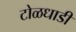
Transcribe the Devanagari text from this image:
टोळधाडी